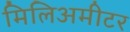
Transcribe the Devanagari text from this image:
मिलिअमीटर